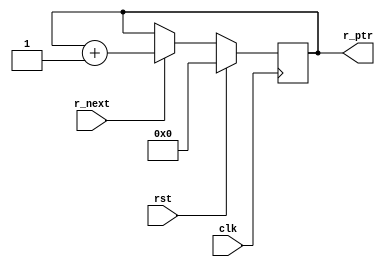
// A asynchronous fifo read pointer

module read_ptr (
    input             clk,              // Clock
    input             rst,              // Reset
    input             r_next,           // Read next
    output reg [3:0]  r_ptr);           // Read pointer

    // ALWAYS BLOCK with NON-BLOCKING PROCEDURAL ASSIGNMENT STATEMENT
    always @ (posedge clk) begin
        if (rst) begin
            r_ptr <= 3'b000;
        end else if (r_next) begin
            r_ptr <= r_ptr + 1;
        end else begin
            r_ptr <= r_ptr;
        end
    end

endmodule